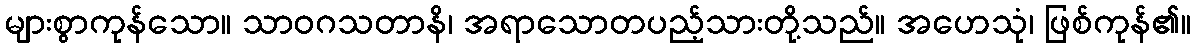
များစွာကုန်သော။ သာဝဂသတာနိ၊ အရာသောတပည့်သားတို့သည်။ အဟေသုံ၊ ဖြစ်ကုန်၏။